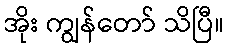
အိုး ကျွန်တော် သိပြီ။